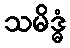
သမိဒ္ဓံ